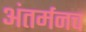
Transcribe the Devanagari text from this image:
अंतर्मनच